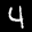
Label: 4